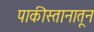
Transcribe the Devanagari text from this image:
पाकीस्तानातून